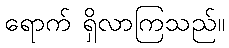
ရောက် ရှိလာကြသည်။